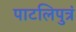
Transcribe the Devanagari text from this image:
पाटलिपुत्रं